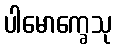
ပါမောက္ခေသု